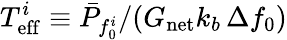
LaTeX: T_{\mathrm{eff}}^{i}\equiv{\bar{P}_{f_{0}^{i}}}/{(G_{\mathrm{net}}k_{b}\, \Delta f_{0})}